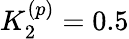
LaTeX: K_{2}^{(p)}=0.5